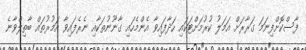
ފާސްކޮށްފިނަމަ ގަރާރަށް އަމަލު ކުރުމަށްޓަކައި ހަދާފައިވާ އެންމެހައި ގާނޫނުތަކާއި ނެރެފައިވާ އަމުރުތައް ބާތިލްވާނެ